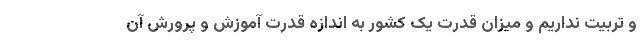
و تربیت نداریم و میزان قدرت یک کشور به اندازه قدرت آموزش و پرورش آن